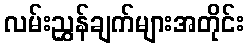
လမ်းညွှန်ချက်များအတိုင်း